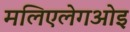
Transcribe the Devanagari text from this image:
मलिएलेगओइ